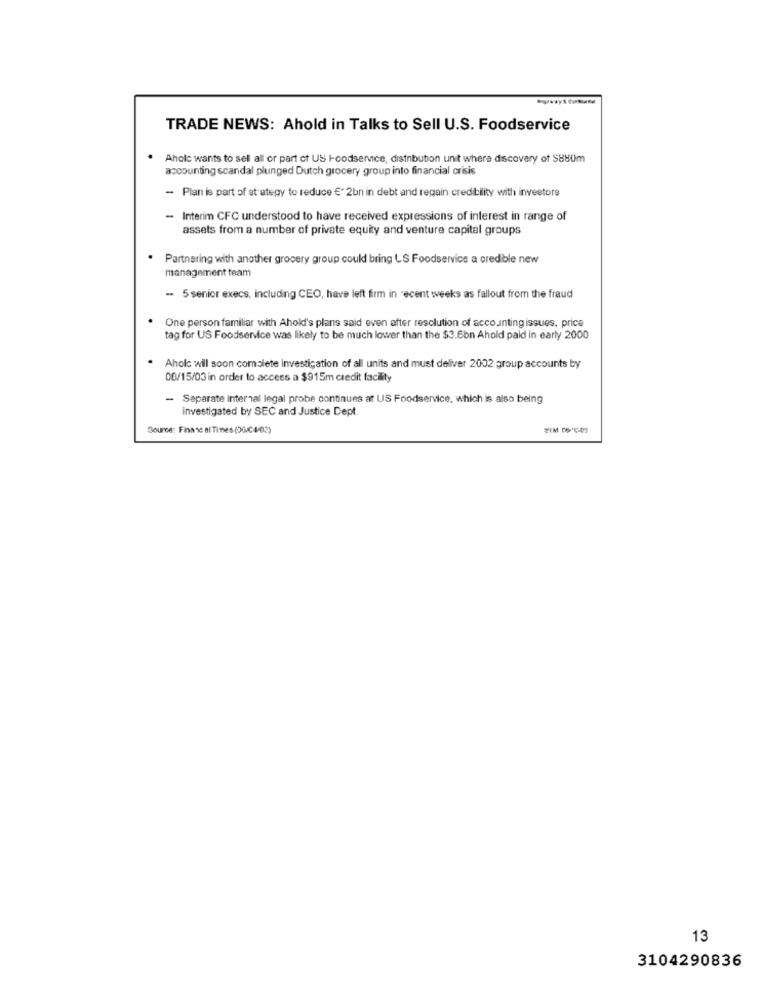
TRADE NEWS: Ahold in Talks to Sell U.S. Foodservice
Aholc wants to sell all or part of US I-codservice, distribution unit where discovery of $880m
accounting scandal plunged Dutch grocery group into financial crisis
- Plan is part of strategy to reduce €' 2bn in debt and regain credibility with investors
- Interim CFC understood to have received expressions of interest in range of
assets from a number of private equity and venture capital groups
Partnering with another grocery group could bring LS Foodservice a credible new
management team
-- 5 senior execs, including CEO, have left firm in recent weeks as fallout from the fraud
One person familiar with Ahold's plans said even after resolution of accounting issues, price
tag for US Foodservice was likely to be much lower than the $3.6bn Ahold paid in early 2000
Aholc will soon comsiete investigation of all units and must deliver 2002 group accounts by
00/15/03 in order to access a $915m credit facility
-- Separate internal legal probe continues at US Foodservice, which is also being
investigated by SEC and Justice Dept.
Source: Finaso al Tines (20/C4/03)
13
3104290836